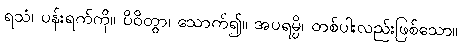
ရသံ၊ ပန်းရက်ကို။ ပိဝိတွာ၊ သောက်၍။ အပရမ္ပိ၊ တစ်ပါးလည်းဖြစ်သော။